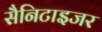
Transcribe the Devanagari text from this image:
सैनिटाइजर